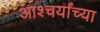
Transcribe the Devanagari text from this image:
आश्चर्यांच्या